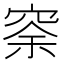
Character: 𥥸